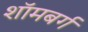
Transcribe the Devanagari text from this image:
शॉमबर्ग